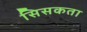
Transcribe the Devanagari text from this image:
सिसकता